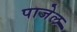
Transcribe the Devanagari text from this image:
पाजेल